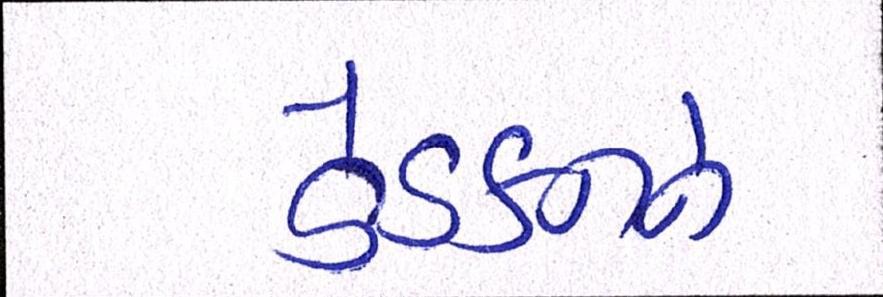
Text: ડેક્કનને